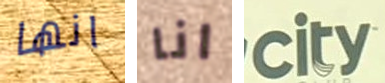
انها انا city